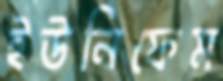
ইউনিফেম